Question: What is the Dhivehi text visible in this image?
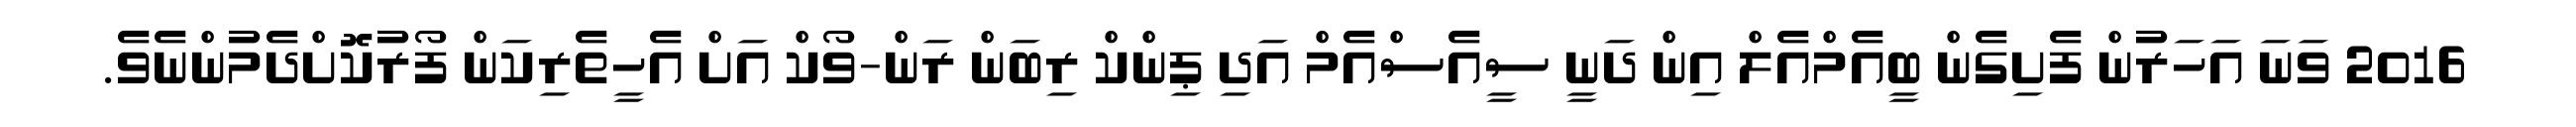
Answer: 2016 ވަނަ އަހަރުން ފެށިގެން ބީއެމްއެލް އިން ދަނީ ސީއެސްއެމް އަދި ޕިންކް ރިބަން ރަން-ވޯކް އަށް އެހީތެރިކަން ފޯރުކޮށްދެމުންނެވެ.